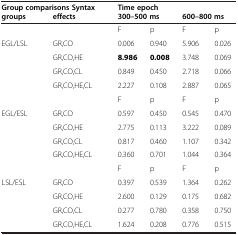
| <COLSPAN=2> Group comparisons Syntax | <COLSPAN=4> Time epoch |
 | groups | effects | <COLSPAN=2> 300–500 ms | <COLSPAN=2> 600–800 ms |
 | --- | --- | --- | --- | --- | --- |
 |  |  | F | p | F | p |
 | EGL/LSL | GR,CO | 0.006 | 0.940 | 5.906 | 0.026 |
 |  | GR,CO,HE | 8.986 | 0.008 | 3.748 | 0.069 |
 |  | GR,CO,CL | 0.849 | 0.450 | 2.718 | 0.066 |
 |  | GR,CO,HE,CL | 2.227 | 0.108 | 2.887 | 0.065 |
 |  |  | F | p | F | p |
 | EGL/ESL | GR,CO | 0.597 | 0.450 | 0.545 | 0.470 |
 |  | GR,CO,HE | 2.775 | 0.113 | 3.222 | 0.089 |
 |  | GR,CO,CL | 0.817 | 0.460 | 1.107 | 0.342 |
 |  | GR,CO,HE,CL | 0.360 | 0.701 | 1.044 | 0.364 |
 |  |  | F | p | F | p |
 | LSL/ESL | GR,CO | 0.397 | 0.539 | 1.364 | 0.262 |
 |  | GR,CO,HE | 2.600 | 0.129 | 0.175 | 0.682 |
 |  | GR,CO,CL | 0.277 | 0.780 | 0.358 | 0.750 |
 |  | GR,CO,HE,CL | 1.624 | 0.208 | 0.776 | 0.515 |